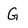
Character: G